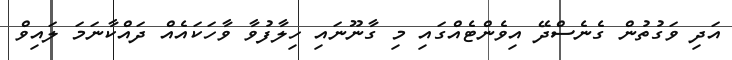
އަދި ވަގުތުން ގެނެސްދޭ އިވެންޓެއްގައި މި ގާނޫނައި ހިލާފުވާ ވާހަކައެއް ދައްކާނަމަ ލައިވް